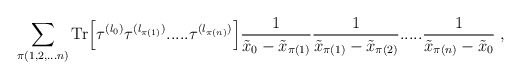
\begin{align*}\sum_{\pi(1,2,...n)} \mbox{Tr}\Big[\tau^{(l_0)} \tau^{(l_{\pi(1)})} .....\tau^{(l_{\pi(n)})} \Big]\frac{1}{\tilde{x}_0 - \tilde{x}_{\pi(1)}}\frac{1}{\tilde{x}_{\pi(1)} - \tilde{x}_{\pi(2)}} .....\frac{1}{\tilde{x}_{\pi(n)} - \tilde{x}_0} \; ,\end{align*}